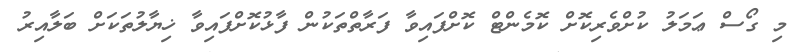
މި ގޯސް ޢަމަލު ކުށްވެރިކޮށް ކޮމެންޓް ކޮށްފައިވާ ފަރާތްތަކުން ފާޅުކޮށްފައިވާ ޚިޔާލުތަކަށް ބަލާއިރު